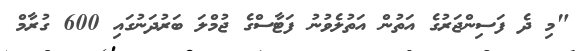
"މި ދެ ފަސިންޖަރުގެ އަތުން އަތުލެވުނު ފަޓާސްގެ ޖުމްލަ ބަރުދަނުގައި 600 ގުރާމް